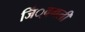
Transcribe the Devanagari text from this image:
जिं्वगली